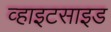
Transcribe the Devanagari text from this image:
व्हाइटसाइड